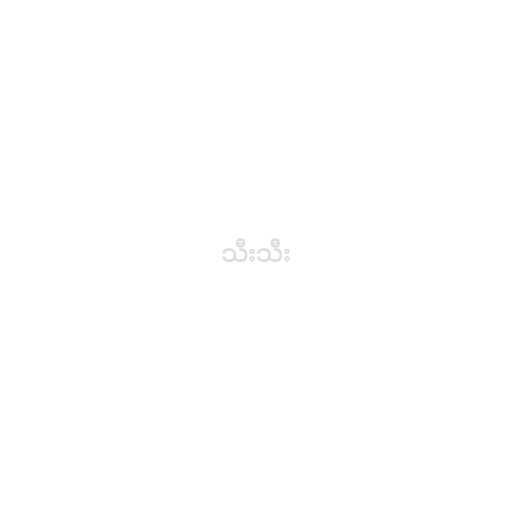
သီးသီး